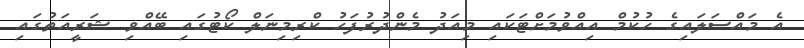
އެ މައްސަލައިގެ ހުކުމް އިއްވުމަށްޓަކައި މިއަދު މެންދުރުފަހު ކްރިމިނަލް ކޯޓުގައި ބޭއްވި ޝަރީއަތުގައި